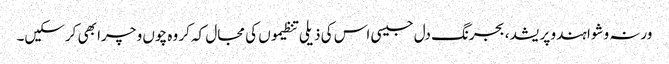
ورنہ وشوا ہندو پریشد، بجرنگ دل جیسی اس کی ذیلی تنظیموں کی مجال کہ کر وہ چوں و چرا بھی کرسکیں۔